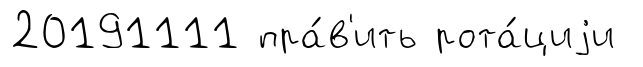
20191111 пра́в'ить рота́циjи